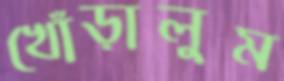
খোঁড়ালুম